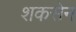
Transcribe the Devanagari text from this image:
शकसेन